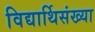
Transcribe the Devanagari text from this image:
विद्यार्थिसंख्या